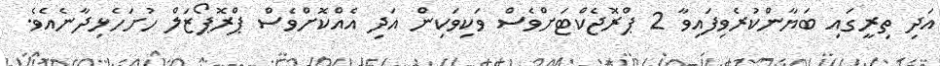
އަދި ތިރީގައި ބަޔާންކުރެވިފައިވާ 2 ޕްރޮޖެކްޓަށްވެސް ވަކިވަކިން އަދި އެއްކޮށްވެސް ޕްރޮޕޯޒަލް ހުށަހެޅިދާނެއެވެ.